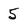
Character: 5